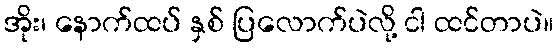
အိုး၊ နောက်ထပ် နှစ် ပြလောက်ပဲလို့ ငါ ထင်တာပဲ။